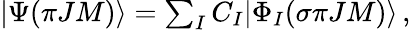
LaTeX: \begin{array}{r}{|\Psi({\pi}JM)\rangle=\sum_{I}{C_{I}|\Phi_{I}(\sigma{\pi}JM)\rangle}\, ,}\end{array}